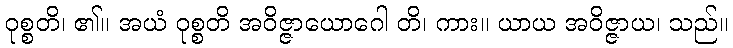
ဝုစ္စတိ၊ ၏။ အယံ ဝုစ္စတိ အဝိဇ္ဇာယောဂေါ တိ၊ ကား။ ယာယ အဝိဇ္ဇာယ၊ သည်။